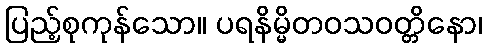
ပြည့်စုကုန်သော။ ပရနိမ္မိတဝသဝတ္တိနော၊